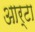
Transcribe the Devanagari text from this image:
आर्टा